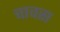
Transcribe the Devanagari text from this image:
चावस